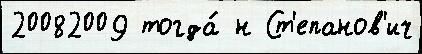
20082009 тогда́ н Ст'епанов'ич